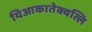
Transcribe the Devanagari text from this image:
यिआकातेक्वत्लि